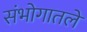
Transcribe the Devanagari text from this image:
संभोगातले